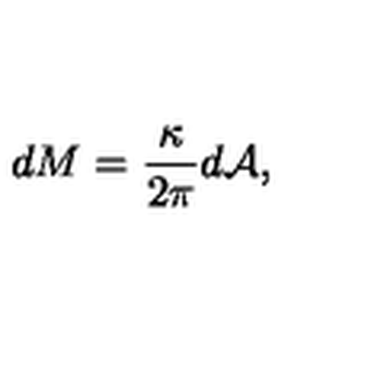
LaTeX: d M = { \frac { \kappa } { 2 \pi } } d { \cal A } ,